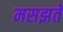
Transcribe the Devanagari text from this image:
मसझते